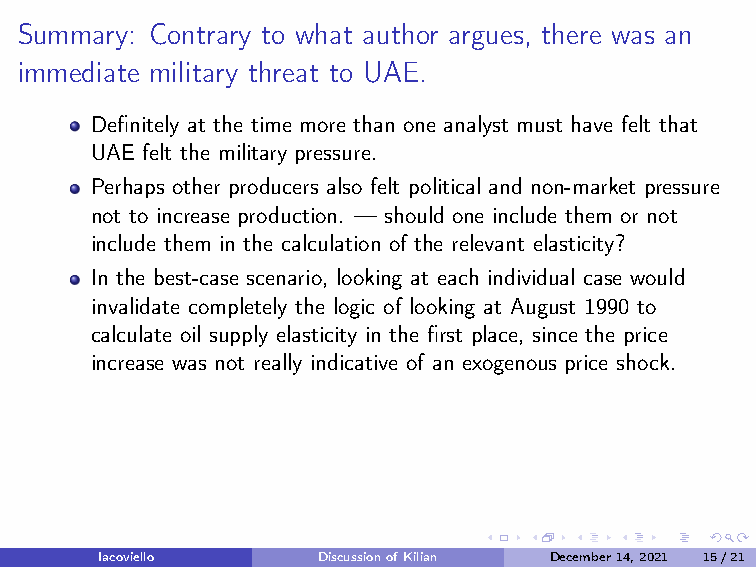
Summary: Contrary to what author argues, there was an
 immediate military threat to UAE.
 Definitely at the time more than one analyst must have felt that
 UAE felt the military pressure.
 Perhaps other producers also felt political and non-market pressure
 not to increase production. — should one include them or not
 include them in the calculation of the relevant elasticity?
 In the best-case scenario, looking at each individual case would
 invalidate completely the logic of looking at August 1990 to
 calculate oil supply elasticity in the first place, since the price
 increase was not really indicative of an exogenous price shock.
 Iacoviello     DiscussionofKilian December14,2021 15/21